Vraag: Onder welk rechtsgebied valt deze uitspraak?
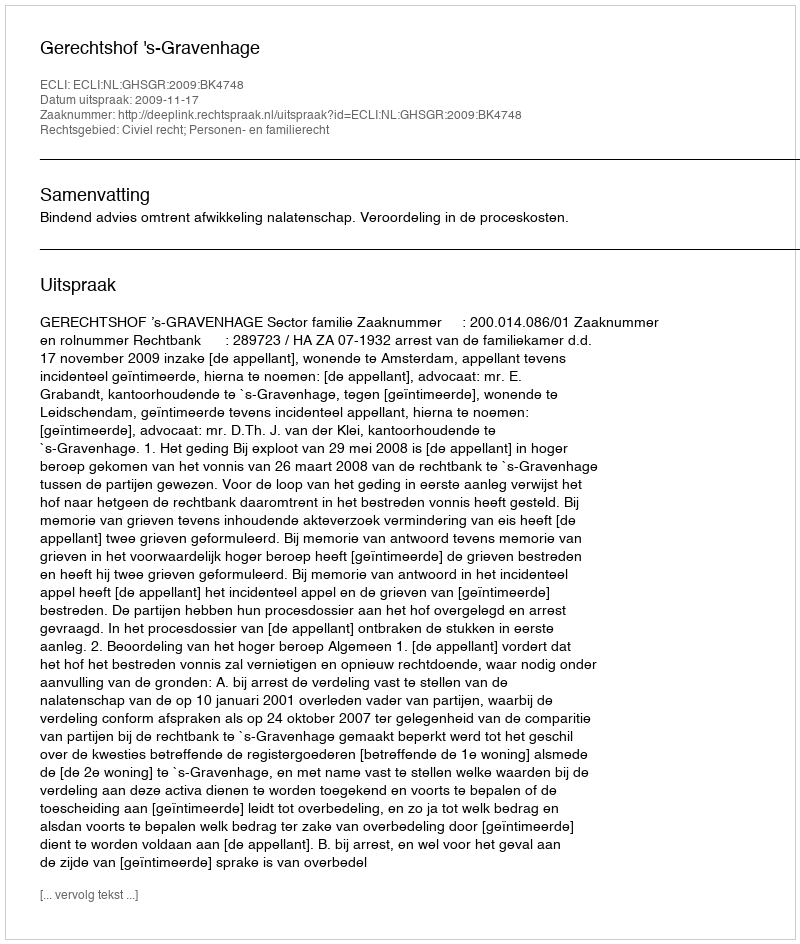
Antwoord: Civiel recht; Personen- en familierecht